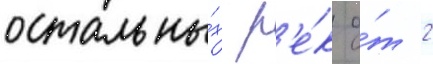
остальны́х р'е́к о́т 2